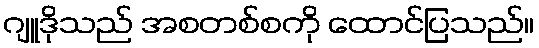
ဂျူဒိုသည် အစတစ်စကို ထောင်ပြသည်။